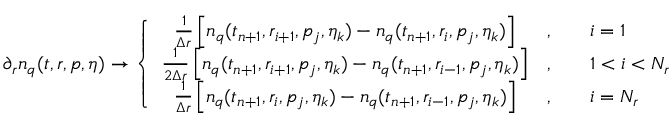
\partial _ { r } n _ { q } ( t , r , p , \eta ) \to \left\{ \begin{array} { c l l } { { \frac { 1 } { \Delta r } \left[ n _ { q } ( t _ { n + 1 } , r _ { i + 1 } , p _ { j } , \eta _ { k } ) - n _ { q } ( t _ { n + 1 } , r _ { i } , p _ { j } , \eta _ { k } ) \right] } } & { { , \quad } } & { { i = 1 } } \\ { { \frac { 1 } { 2 \Delta r } \left[ n _ { q } ( t _ { n + 1 } , r _ { i + 1 } , p _ { j } , \eta _ { k } ) - n _ { q } ( t _ { n + 1 } , r _ { i - 1 } , p _ { j } , \eta _ { k } ) \right] } } & { { , \quad } } & { { 1 < i < N _ { r } } } \\ { { \frac { 1 } { \Delta r } \left[ n _ { q } ( t _ { n + 1 } , r _ { i } , p _ { j } , \eta _ { k } ) - n _ { q } ( t _ { n + 1 } , r _ { i - 1 } , p _ { j } , \eta _ { k } ) \right] } } & { { , \quad } } & { { i = N _ { r } } } \end{array} \right.